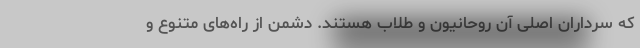
که سرداران اصلی آن روحانیون و طلاب هستند. دشمن از راه‌های متنوع و